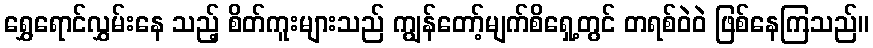
ရွှေရောင်လွှမ်းနေ သည့် စိတ်ကူးများသည် ကျွန်တော့်မျက်စိရှေ့တွင် တရစ်ဝဲဝဲ ဖြစ်နေကြသည်။